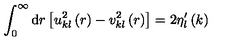
\int _ { 0 } ^ { \infty } \mathrm { d } r \left[ u _ { k l } ^ { 2 } \left( r \right) - v _ { k l } ^ { 2 } \left( r \right) \right] = 2 \eta _ { l } ^ { \prime } \left( k \right)